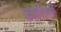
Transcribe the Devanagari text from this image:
कात़िलों